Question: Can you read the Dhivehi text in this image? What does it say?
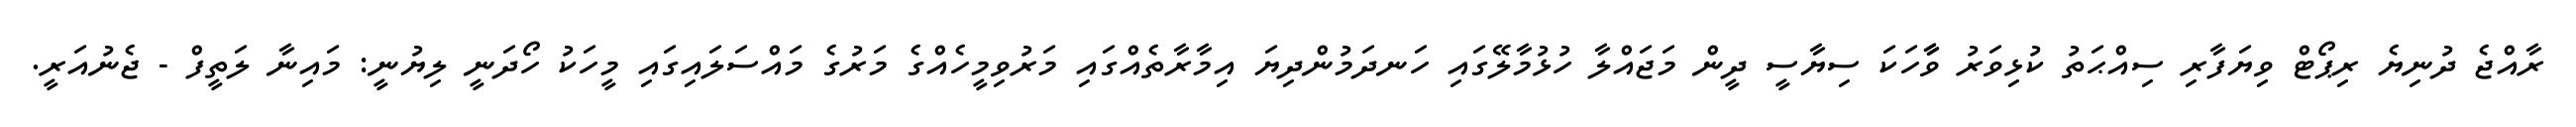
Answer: ރާއްޖެ ދުނިޔެ ރިޕޯޓް ވިޔަފާރި ސިއްޙަތު ކުޅިވަރު ވާާހަކަ ސިޔާސީ ދީން މަޖައްލާ ހުޅުމާލޭގައި ހަނދަމުންދިޔަ އިމާރާތެއްގައި މަރުވިމީހެއްގެ މަރުގެ މައްސަލައިގައި މީހަކު ހޯދަނީ ލިޔުނީ: މައިނާ ލަތީފް - ޖެނުއަރީ.